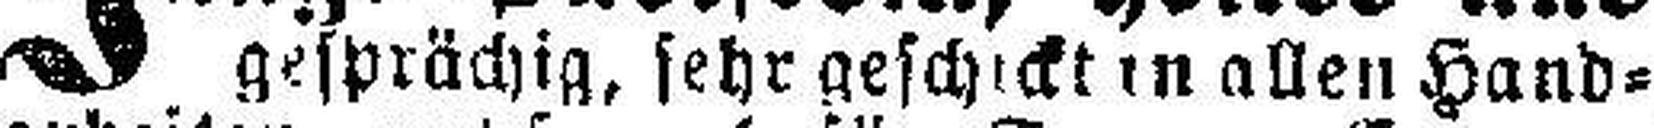
gesprächig, sehr geschickten allen Hand¬